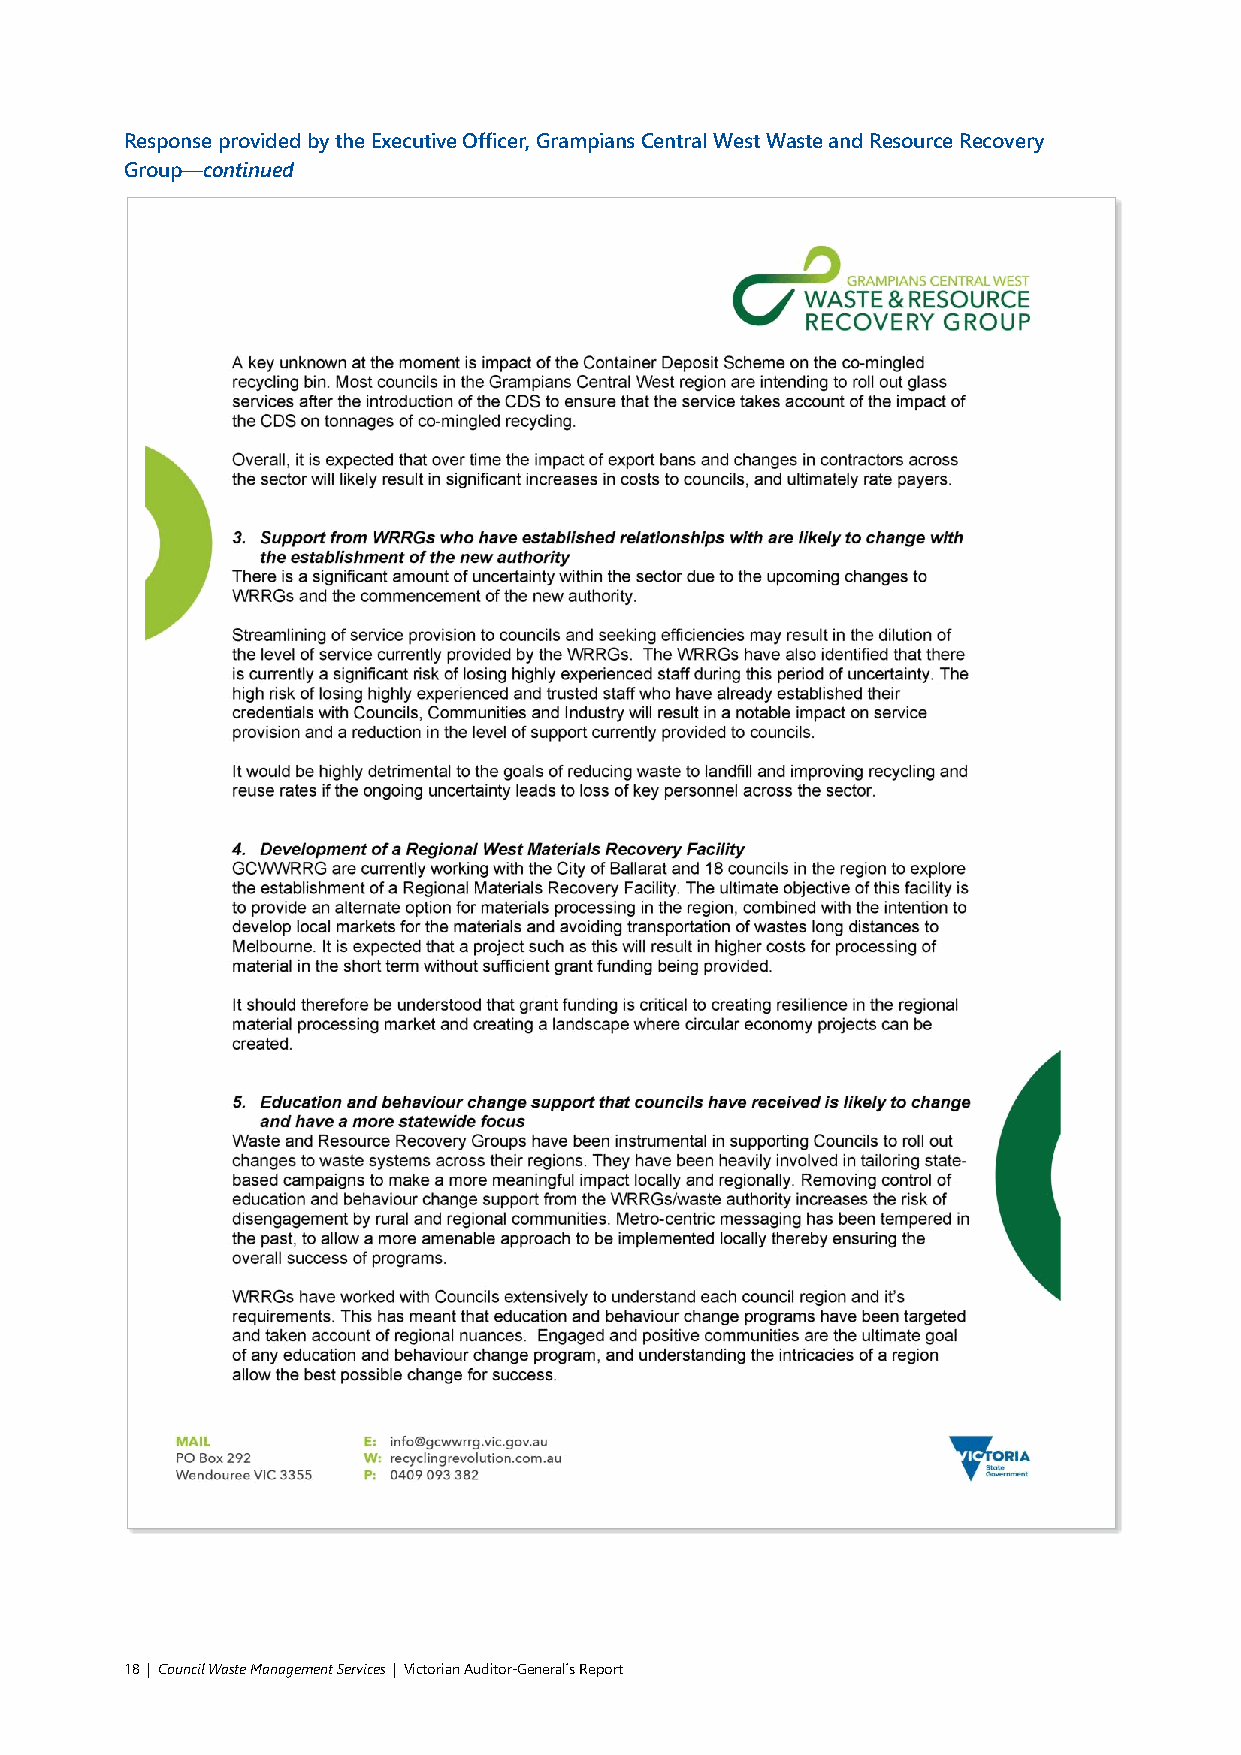
Response provided by the Executive Officer, Grampians Central West Waste and Resource Recovery
 Group—continued
 18 | Council Waste Management Services | Victorian Auditor-General´s Report